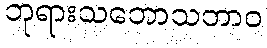
ဘုရားသဘောသဘာဝ